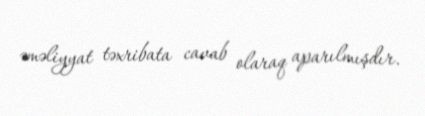
əməliyyat təxribata cavab olaraq aparılmışdır.